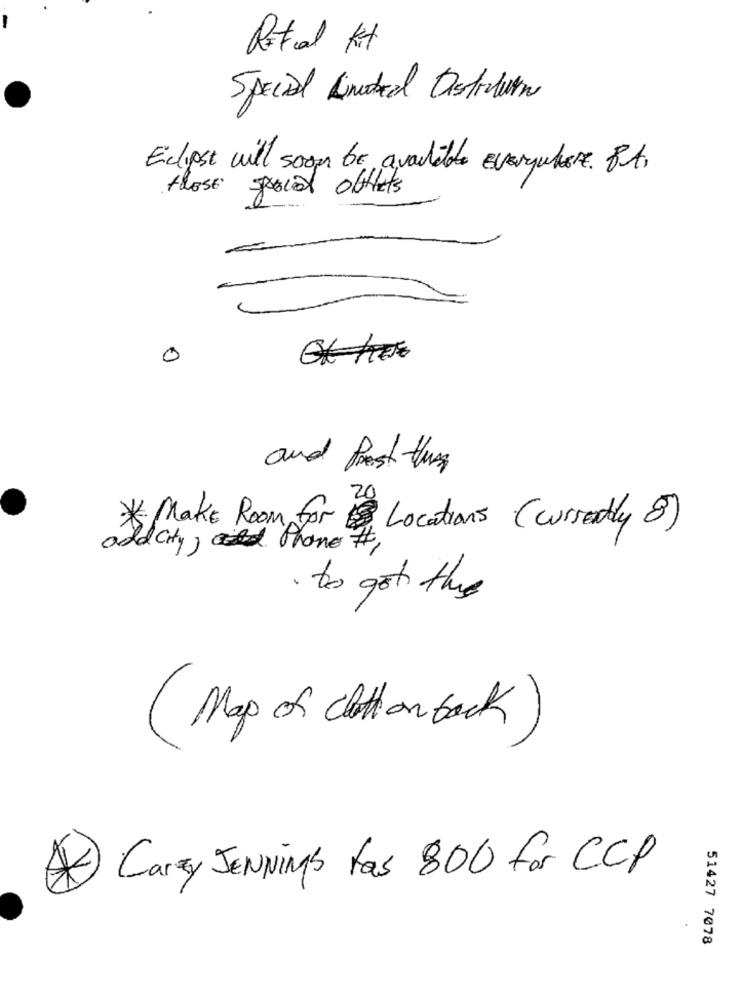
Retal Kt
Special Linebredd Distruvan
Eclipse will soon be available Everywhere. But.
thESE
special offlets
0
and Post them
* Make Room for , Locations (currently 8)
add city, Phone #
· to get the
( Map of cloth on back)
A) Carry JENNings fas 800 for CCP
51427 7078